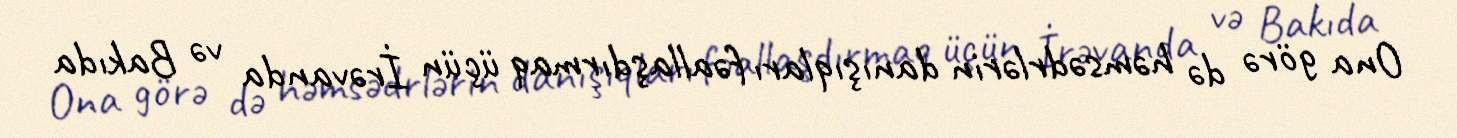
Ona görə də həmsədrlərin danışıqları fəallaşdırmaq üçün İrəvanda və Bakıda